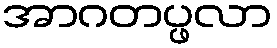
အာဂတပ္ဖလာ